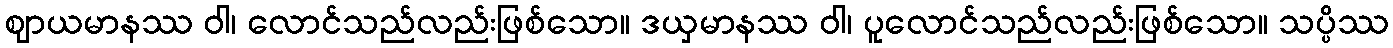
ဈာယမာနဿ ဝါ၊ လောင်သည်လည်းဖြစ်သော။ ဒယှမာနဿ ဝါ၊ ပူလောင်သည်လည်းဖြစ်သော။ သပ္ပိဿ